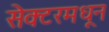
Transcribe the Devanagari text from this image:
सेक्टरमधून